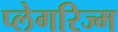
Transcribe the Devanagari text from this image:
प्लेगरिज्म